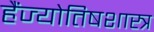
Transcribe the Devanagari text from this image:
हैंज्योतिषशास्त्र